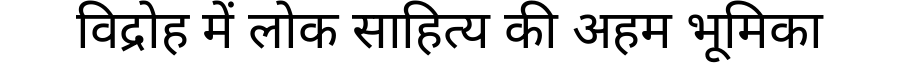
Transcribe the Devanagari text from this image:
विद्रोह में लोक साहित्य की अहम भूमिका